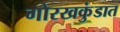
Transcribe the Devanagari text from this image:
गोरखकुंडात